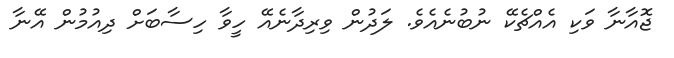
ޖޮއާނާ ވަކި އެއްޗެކޭ ނުބުނެއެވެ. ލަދުން ވިރިދާނެއޭ ހީވާ ހިސާބަށް ދިއުމުން އޭނާ